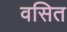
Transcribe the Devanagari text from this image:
वसित